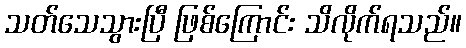
သတ်သေသွားပြီ ဖြစ်ကြောင်း သိလိုက်ရသည်။